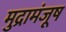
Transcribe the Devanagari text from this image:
मुद्रामंजूष